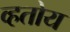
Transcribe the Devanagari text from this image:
व्हतोय